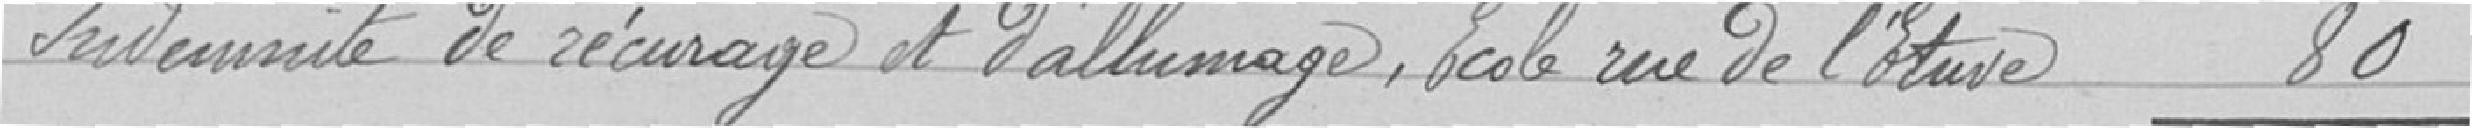
Indemnité de récurage et d'allumage, rue de l'Etuve    80